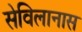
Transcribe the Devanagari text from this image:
सेविलानास